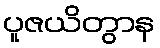
ပူဇယိတွာန